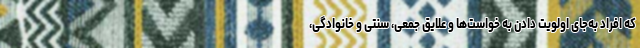
که افراد به‌جای اولویت دادن به خواست‌ها و علایق جمعی، سنتی و خانوادگی،